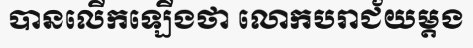
បានលើកឡើងថា លោកបរាជ័យម្តង